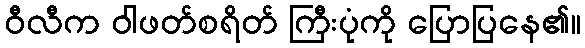
ဝီလီက ဝါဖတ်စရိတ် ကြီးပုံကို ပြောပြနေ၏။